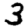
Digit: 3